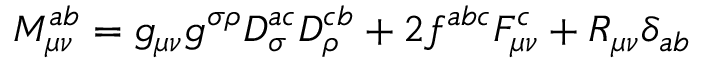
{ \cal M } _ { \mu \nu } ^ { a b } = g _ { \mu \nu } g ^ { \sigma \rho } D _ { \sigma } ^ { a c } D _ { \rho } ^ { c b } + 2 f ^ { a b c } F _ { \mu \nu } ^ { c } + R _ { \mu \nu } \delta _ { a b }